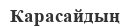
Карасайдың